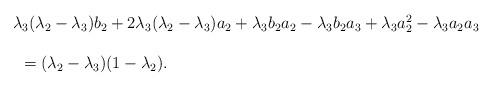
LaTeX: \begin{align*}\begin{array}{lll} && \lambda_3(\lambda_2-\lambda_3)b_2+2\lambda_3(\lambda_2-\lambda_3)a_2+\lambda_3b_2a_2-\lambda_3b_2a_3+\lambda_3a_2^2-\lambda_3a_2a_3\ \\\\&&\ \ =(\lambda_2-\lambda_3)(1-\lambda_2).\end{array}\end{align*}